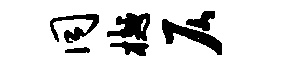
同樾仄